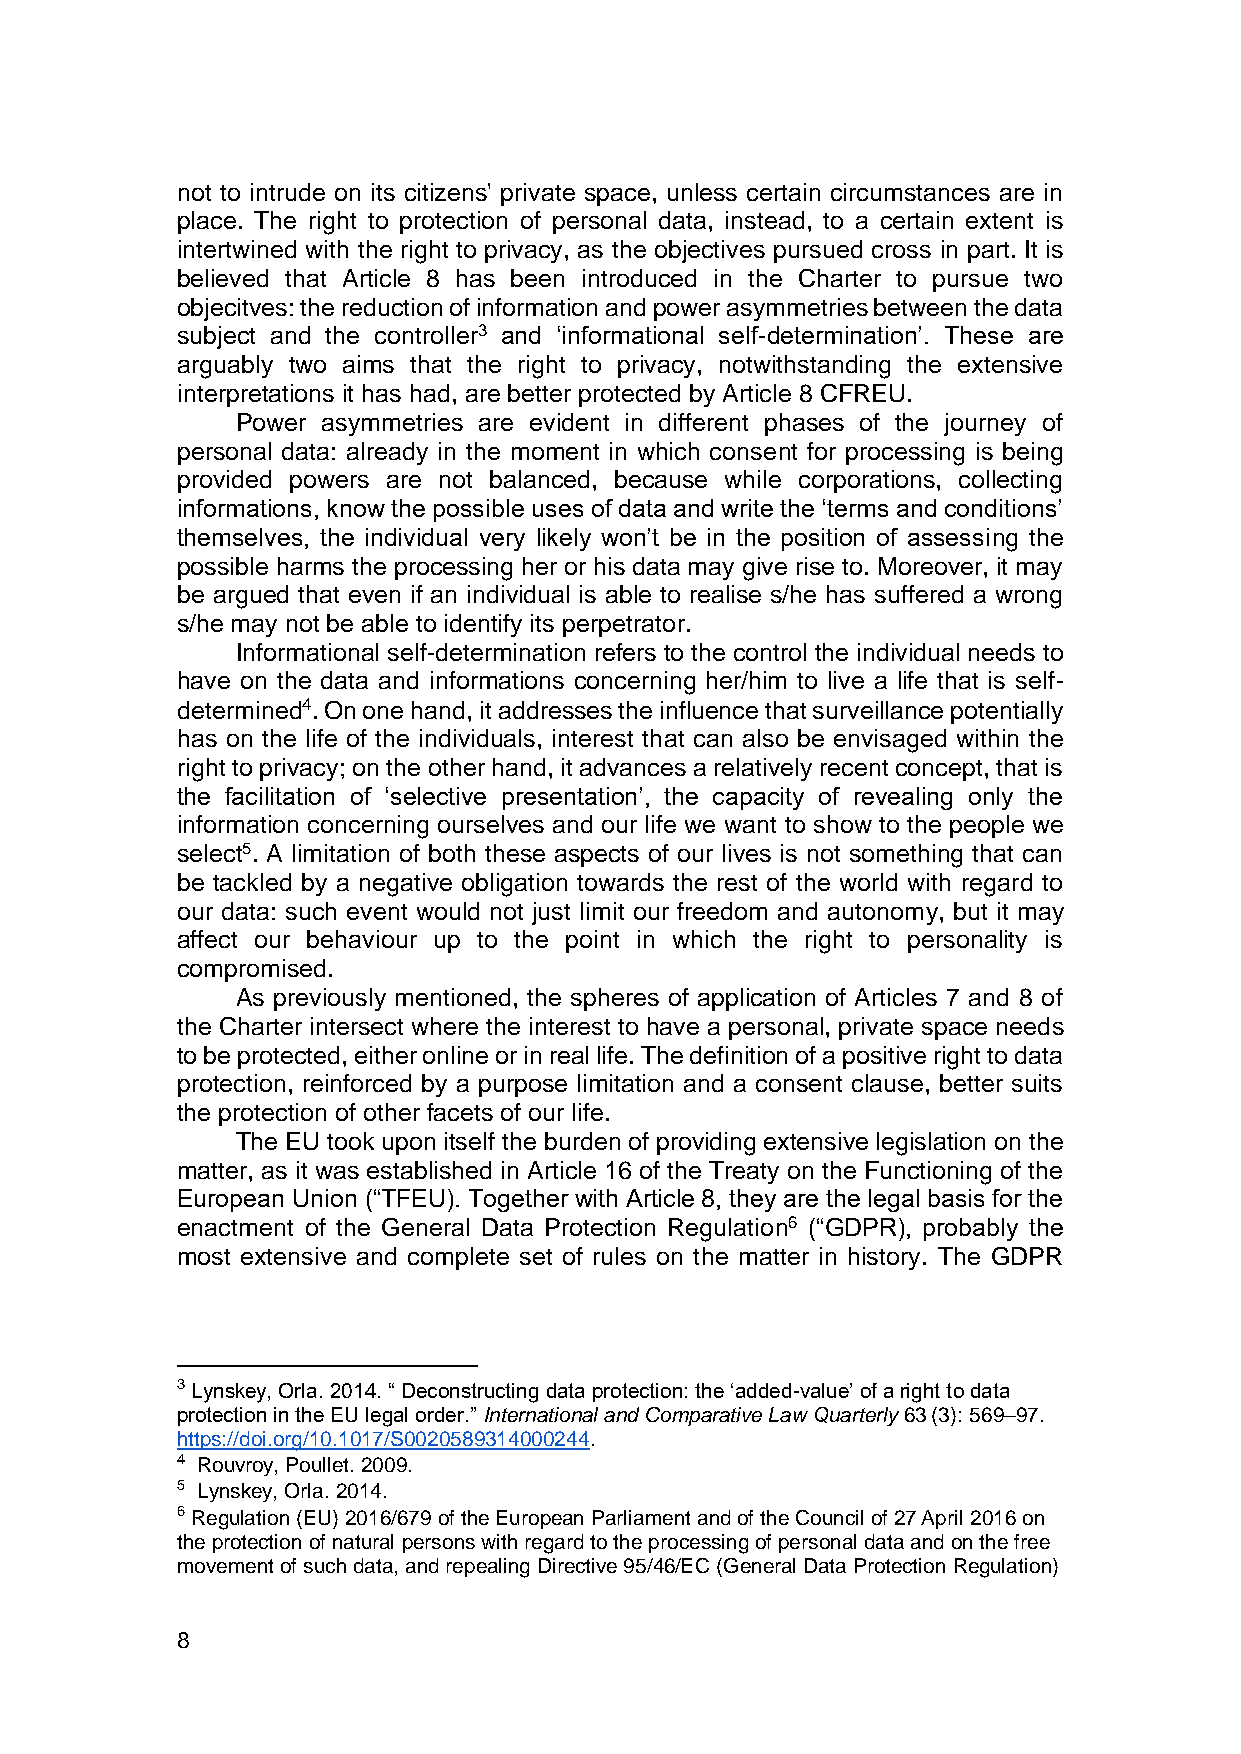
not to intrude on its citizens' private space, unless certain circumstances are in
 place. The right to protection of personal data, instead, to a certain extent is
 intertwined with the right to privacy, as the objectives pursued cross in part. It is
 believed that Article 8 has been introduced in the Charter to pursue two
 objecitves: the reduction of information and power asymmetries between the data
 subject and the controller3 and ‘informational self-determination’. These are
 arguably two aims that the right to privacy, notwithstanding the extensive
 interpretations it has had, are better protected by Article 8 CFREU.
 Power asymmetries are evident in different phases of the journey of
 personal data: already in the moment in which consent for processing is being
 provided powers are not balanced, because while corporations, collecting
 informations, know the possible uses of data and write the ‘terms and conditions’
 themselves, the individual very likely won’t be in the position of assessing the
 possible harms the processing her or his data may give rise to. Moreover, it may
 be argued that even if an individual is able to realise s/he has suffered a wrong
 s/he may not be able to identify its perpetrator.
 Informational self-determination refers to the control the individual needs to
 have on the data and informations concerning her/him to live a life that is self-
 determined4. On one hand, it addresses the influence that surveillance potentially
 has on the life of the individuals, interest that can also be envisaged within the
 right to privacy; on the other hand, it advances a relatively recent concept, that is
 the facilitation of ‘selective presentation’, the capacity of revealing only the
 information concerning ourselves and our life we want to show to the people we
 select5. A limitation of both these aspects of our lives is not something that can
 be tackled by a negative obligation towards the rest of the world with regard to
 our data: such event would not just limit our freedom and autonomy, but it may
 affect our behaviour up to the point in which the right to personality is
 compromised.
 As previously mentioned, the spheres of application of Articles 7 and 8 of
 the Charter intersect where the interest to have a personal, private space needs
 to be protected, either online or in real life. The definition of a positive right to data
 protection, reinforced by a purpose limitation and a consent clause, better suits
 the protection of other facets of our life.
 The EU took upon itself the burden of providing extensive legislation on the
 matter, as it was established in Article 16 of the Treaty on the Functioning of the
 European Union (“TFEU). Together with Article 8, they are the legal basis for the
 enactment of the General Data Protection Regulation6 (“GDPR), probably the
 most extensive and complete set of rules on the matter in history. The GDPR
 3 Lynskey, Orla. 2014. “ Deconstructing data protection: the ‘added-value’ of a right to data
 protection in the EU legal order.” International and Comparative Law Quarterly 63 (3): 569–97.
 https://doi.org/10.1017/S0020589314000244.
 4 Rouvroy, Poullet. 2009.
 5 Lynskey, Orla. 2014.
 6 Regulation (EU) 2016/679 of the European Parliament and of the Council of 27 April 2016 on
 the protection of natural persons with regard to the processing of personal data and on the free
 movement of such data, and repealing Directive 95/46/EC (General Data Protection Regulation)
 8